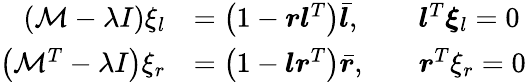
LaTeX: \begin{array}{rlrl}{(\mathcal{M}-\lambda I)\xi_{l}}&{=\left(1-\boldsymbol{r}\boldsymbol{l}^{T}\right)\bar{\boldsymbol{l}},}&&{\boldsymbol{l}^{T}\boldsymbol{\xi}_{l}=0}\\ {\left(\mathcal{M}^{T}-\lambda I\right)\xi_{r}}&{=\left(1-\boldsymbol{l}\boldsymbol{r}^{T}\right)\bar{\boldsymbol{r}},}&&{\boldsymbol{r}^{T}\xi_{r}=0}\end{array}